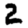
Digit: 2